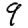
Digit: 9